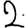
Digit: 2